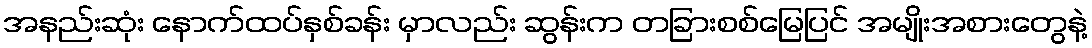
အနည်းဆုံး နောက်ထပ်နှစ်ခန်း မှာလည်း ဆွန်းက တခြားစစ်မြေပြင် အမျိုးအစားတွေနဲ့